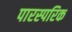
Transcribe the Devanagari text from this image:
पारस्‍परिक